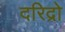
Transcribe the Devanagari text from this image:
दरिद्रो